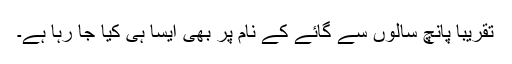
تقریباً پانچ سالوں سے گائے کے نام پر بھی ایسا ہی کیا جا رہا ہے۔